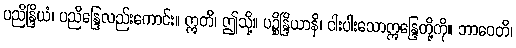
ပညိန္ဒြိယံ၊ ပညိန္ဒြေလည်းကောင်း။ ဣတိ၊ ဤသို့။ ပဉ္စိန္ဒြိယာနိ၊ ငါးပါးသောဣန္ဒြေတို့ကို။ ဘာဝေတိ၊